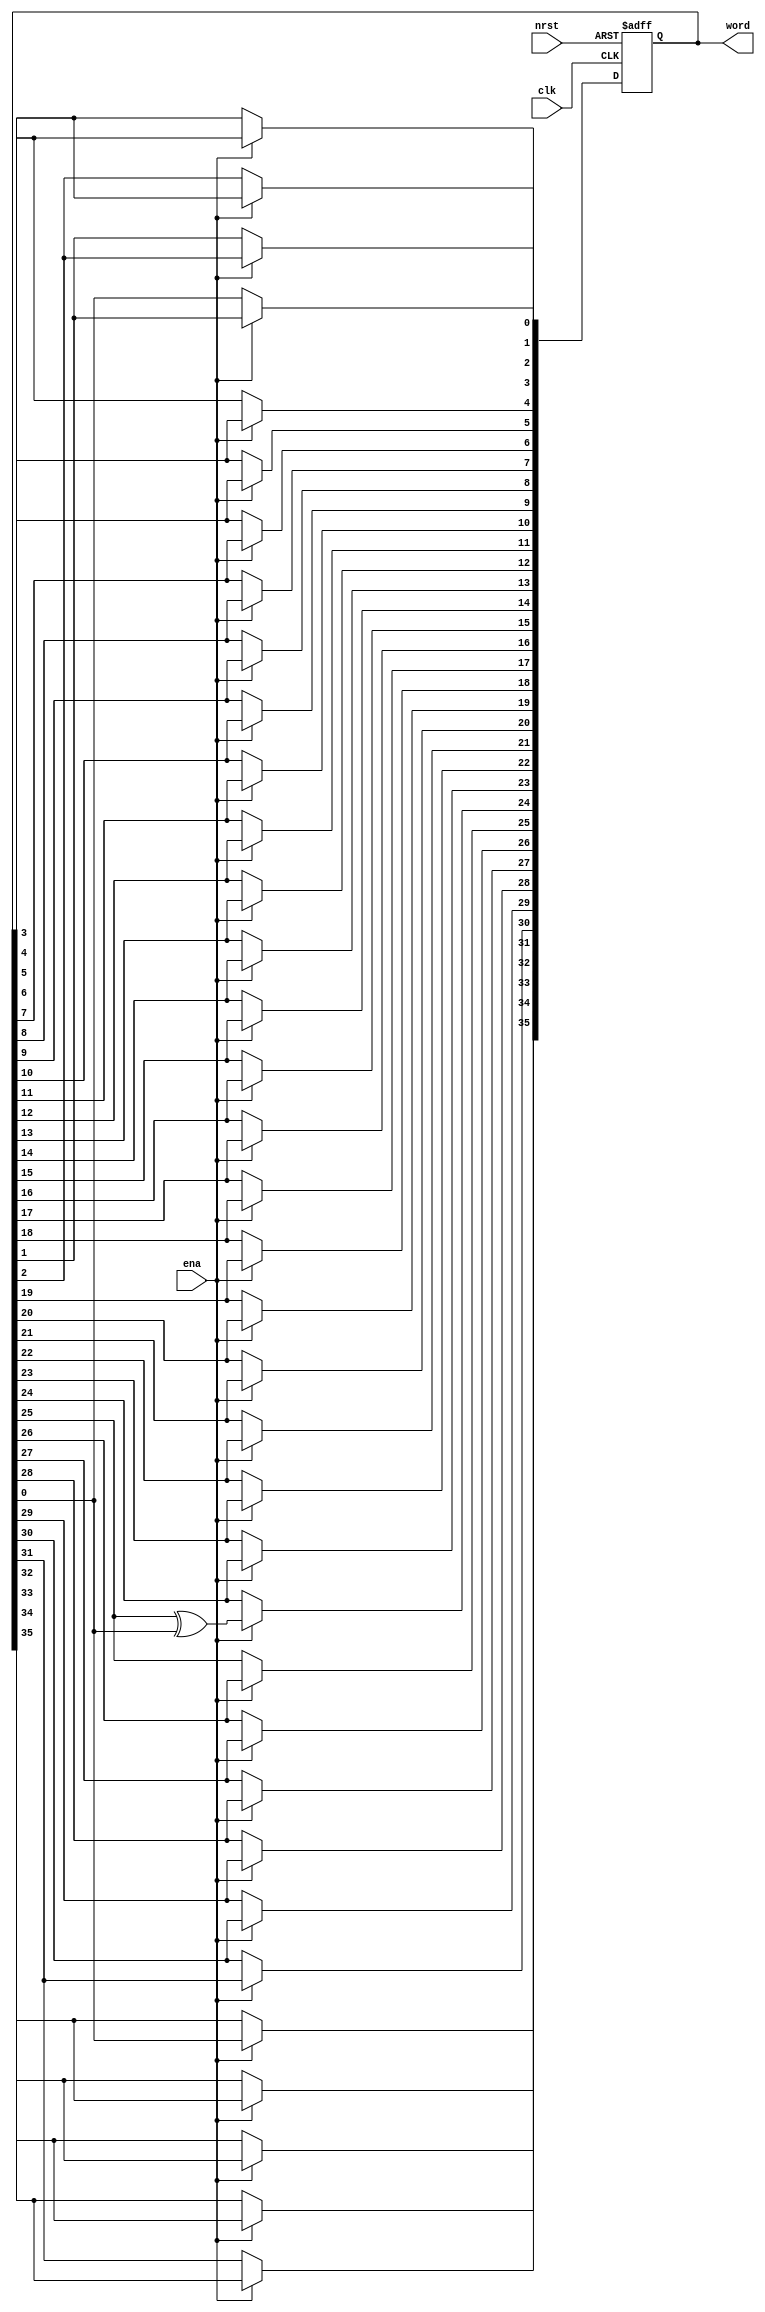
// (C) 2001-2018 Intel Corporation. All rights reserved.
// Your use of Intel Corporation's design tools, logic functions and other 
// software and tools, and its AMPP partner logic functions, and any output 
// files from any of the foregoing (including device programming or simulation 
// files), and any associated documentation or information are expressly subject 
// to the terms and conditions of the Intel Program License Subscription 
// Agreement, Intel FPGA IP License Agreement, or other applicable 
// license agreement, including, without limitation, that your use is for the 
// sole purpose of programming logic devices manufactured by Intel and sold by 
// Intel or its authorized distributors.  Please refer to the applicable 
// agreement for further details.


`timescale 1 ps / 1 ps

module rw_manager_lfsr36(
	clk, 
	nrst, 
	ena, 
	word
);

	input clk;
	input nrst;
	input ena;
	output reg [35:0] word;

	always @(posedge clk or negedge nrst) begin
		if(~nrst) begin
			word <= 36'hF0F0AA55;
		end
		else if(ena) begin
			word[35] <= word[0];
			word[34] <= word[35];
			word[33] <= word[34];
			word[32] <= word[33];
			word[31] <= word[32];
			word[30] <= word[31];
			word[29] <= word[30];
			word[28] <= word[29];
			word[27] <= word[28];
			word[26] <= word[27];
			word[25] <= word[26];
			word[24] <= word[25] ^ word[0];
			word[23] <= word[24];
			word[22] <= word[23];
			word[21] <= word[22];
			word[20] <= word[21];
			word[19] <= word[20];
			word[18] <= word[19];
			word[17] <= word[18];
			word[16] <= word[17];
			word[15] <= word[16];
			word[14] <= word[15];
			word[13] <= word[14];
			word[12] <= word[13];
			word[11] <= word[12];
			word[10] <= word[11];
			word[9] <= word[10];
			word[8] <= word[9];
			word[7] <= word[8];
			word[6] <= word[7];
			word[5] <= word[6];
			word[4] <= word[5];
			word[3] <= word[4];
			word[2] <= word[3];
			word[1] <= word[2];
			word[0] <= word[1];
		end
	end

endmodule